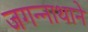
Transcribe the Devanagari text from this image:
जगन्‍नाथाने